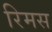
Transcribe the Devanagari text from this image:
रिमस